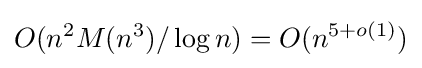
O(n^{2}M(n^{3})/\log {n})=O(n^{5+o(1)})